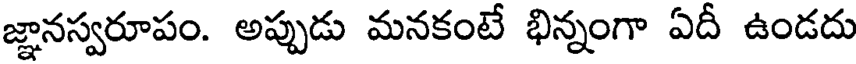
జ్ఞానస్వరూపం. అప్పుడు మనకంటే భిన్నంగా ఏదీ ఉండదు